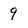
Character: 9